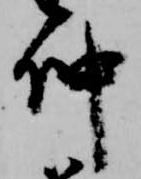
仲